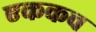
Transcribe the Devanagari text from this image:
एककच